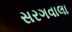
સરગવાલા